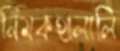
নিমকহালালি